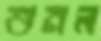
শুনল